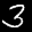
Label: 3